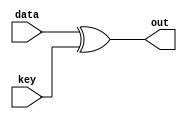
module Addroundkey(data,key,out);
input [127:0] data;
input [127:0] key;
output reg [127:0] out;

always @(*) begin
out <= data ^ key;
end
endmodule